Report of the Lahore Medical School Hospital
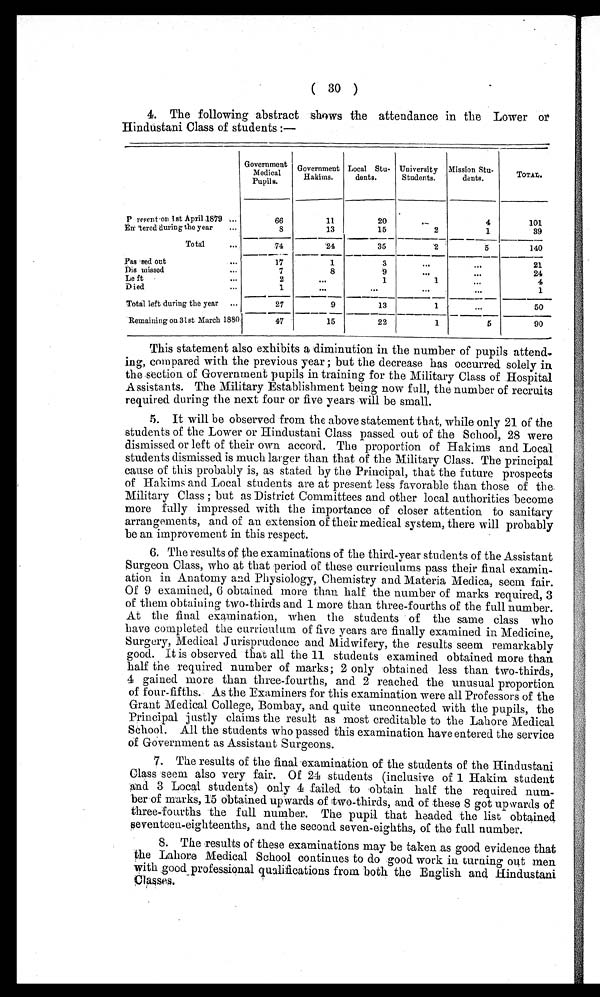
( 30 )
4. The following abstract shows the attendance in the Lower or
Hindustani Class of students :—
Government
Medical
Pupils.
Government
Hakims.
Local Stu-
dents.
University
Students.
Mission Stu-
dents.
TOTAL.
Present on 1st Apri1 1879 ...
66
11
20
...
4
101
Entered during the year
...
8
13
15
2
1
39
Total
...
74
24
35
2
5
140
Passed out ...
17
1 3
...
...
21
Dis missed ..
7
8 9
...
...
24
Left ...
2
...
1
1 ...
4
Died ...
1
...
...
...
...
1
Total left during the year
...
27
9
13
1
...
50
Remaining on 31st March 1880
47
15
22
1 5
90
This statement also exhibits a diminution in the number of pupils attend-
ing, compared with the previous year ; but the decrease has occurred solely in
the section of Government pupils in training for the Military Class of Hospital
Assistants. The Military Establishment being now full, the number of recruits
required during the next four or five years will be small.
5. It will be observed from the above statement that, while only 21 of the
students of the Lower or Hindustani Class passed out of the School, 28 were
dismissed or left of their own accord. The proportion of Hakims and Local
students dismissed is much larger than that of the Military Class. The principal
cause of this probably is, as stated by the Principal, that the future prospects
of Hakims and Local students are at present less favorable than those of the
Military Class ; but as District Committees and other local authorities become
more fully impressed with the importance of closer attention to sanitary
arrangements, and of an extension of their medical system, there will probably
be an improvement in this respect.
6. The results of the examinations of the third-year students of the Assistant
Surgeon Class, who at that period of these curriculums pass their final examin-
ation in Anatomy and Physiology, Chemistry and Materia Medica, seem fair.
Of 9 examined, 6 obtained more than half the number of marks required, 3
of them obtaining two-thirds and 1 more than three-fourths of the full number.
At the final examination, When the students of the same class who
have completed the curriculum of five years are finally examined in Medicine,
Surgery, Medical Jurisprudence and Midwifery, the results seem remarkably
good. It is observed that all the 11 students examined obtained more than
half the required number of marks ; 2 only obtained less than two-thirds,
4 gained more than three-fourths, and 2 reached the unusual proportion
of four-fifths. As the Examiners for this examination were all Professors of the
Grant Medical College, Bombay, and quite unconnected with the pupils, the
Principal justly claims the result as most creditable to the Lahore Medical
School. All the students who passed this examination have entered the service
of Government as Assistant Surgeons.
7. The results of the final examination of the students of the Hindustani
Class seem also very fair. Of 24 students (inclusive of 1 Hakim student
and 3 Local students) only 4 failed to obtain half the required num-
ber of marks, 15 obtained upwards of two-thirds, and of these 8 got upwards of
three-fourths the full number. The pupil that headed the list obtained
seventeen-eighteenths, and the second seven-eighths, of the full number.
8. The results of these examinations may be taken as good evidence that
the Lahore Medical School continues to do good work in turning out men
with good professional qualifications from both the English and Hindustani
Classes.